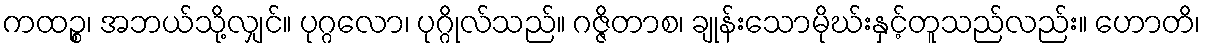
ကထဉ္စ၊ အဘယ်သို့လျှင်။ ပုဂ္ဂလော၊ ပုဂ္ဂိုလ်သည်။ ဂဇ္ဇိတာစ၊ ချုန်းသောမိုဃ်းနှင့်တူသည်လည်း။ ဟောတိ၊